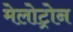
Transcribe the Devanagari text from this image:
मेलोट्रोन